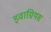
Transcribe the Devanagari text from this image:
इवाग्रियस